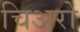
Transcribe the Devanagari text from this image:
चिअरो